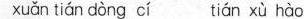
xuǎn tián dòng cí tián xù hào